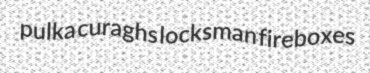
pulka curaghs locksman fireboxes